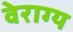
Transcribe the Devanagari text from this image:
वेराग्य